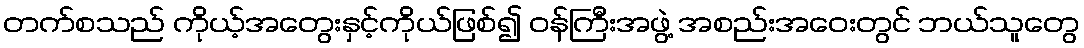
တက်စသည် ကိုယ့်အတွေးနှင့်ကိုယ်ဖြစ်၍ ဝန်ကြီးအဖွဲ့ အစည်းအဝေးတွင် ဘယ်သူတွေ